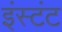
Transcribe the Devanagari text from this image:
इंस्टंट